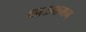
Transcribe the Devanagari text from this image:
काऊफमन